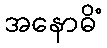
အနောဓိံ